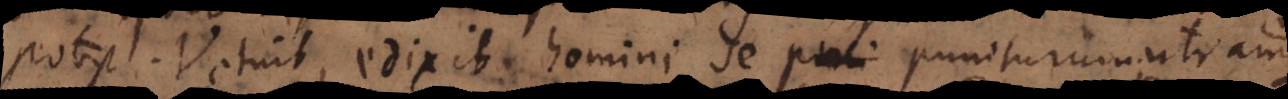
potest. Vetuit, edixit homini se puniturum; utramque